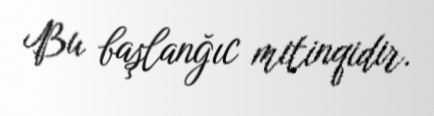
Bu başlanğıc mitinqidir.